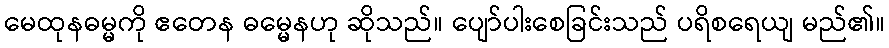
မေထုနဓမ္မကို ဧတေန ဓမ္မေနဟု ဆိုသည်။ ပျော်ပါးစေခြင်းသည် ပရိစရေယျ မည်၏။